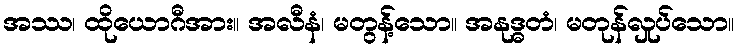
အဿ၊ ထိုယောဂီအား။ အလီနံ၊ မတွန့်သော။ အနုဒ္ဓတံ၊ မတုန်လှုပ်သော။